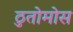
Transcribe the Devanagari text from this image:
ठुतोमोस